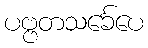
ပဗ္ဗတသင်္ခေပေ